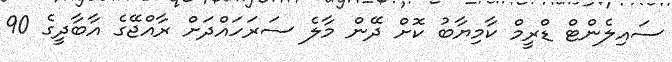
ސައިލެންޓް ޑްރީމް ކާމިޔާބު ކޮށް ދޭން މާލެ ސަރަހައްދަށް ރާއްޖޭގެ އާބާދީގެ 90